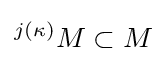
{}^{j(\kappa )}M\subset M